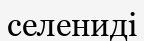
селениді